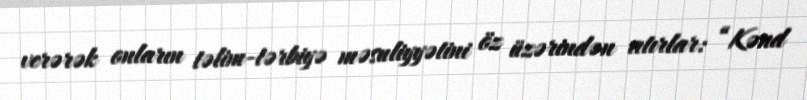
verərək onların təlim-tərbiyə məsuliyyətini öz üzərindən atırlar: “Kənd